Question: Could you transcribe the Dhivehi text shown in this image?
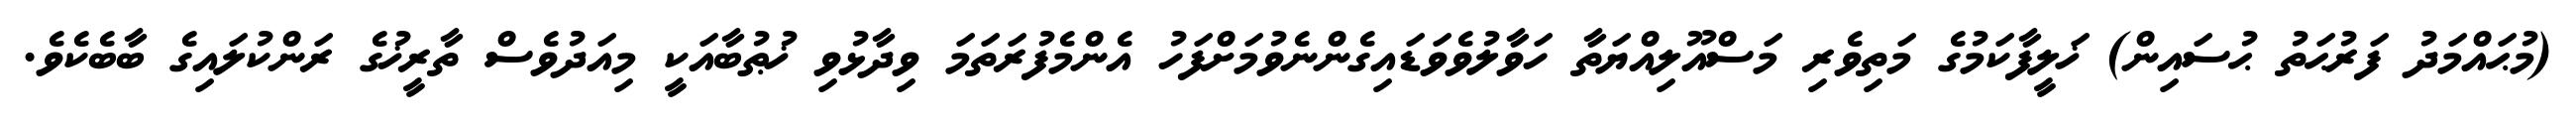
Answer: (މުޙައްމަދު ފަރުޙަތު ޙުސައިން) ޚަލީފާކަމުގެ މަތިވެރި މަސްއޫލިއްޔަތާ ހަވާލުވެވަޑައިގެންނެވުމަށްފަހު އެންމެފުރަތަމަ ވިދާޅުވި ޚުޠުބާއަކީ މިއަދުވެސް ތާރީޚުގެ ރަންކުލައިގެ ބާބެކެވެ.